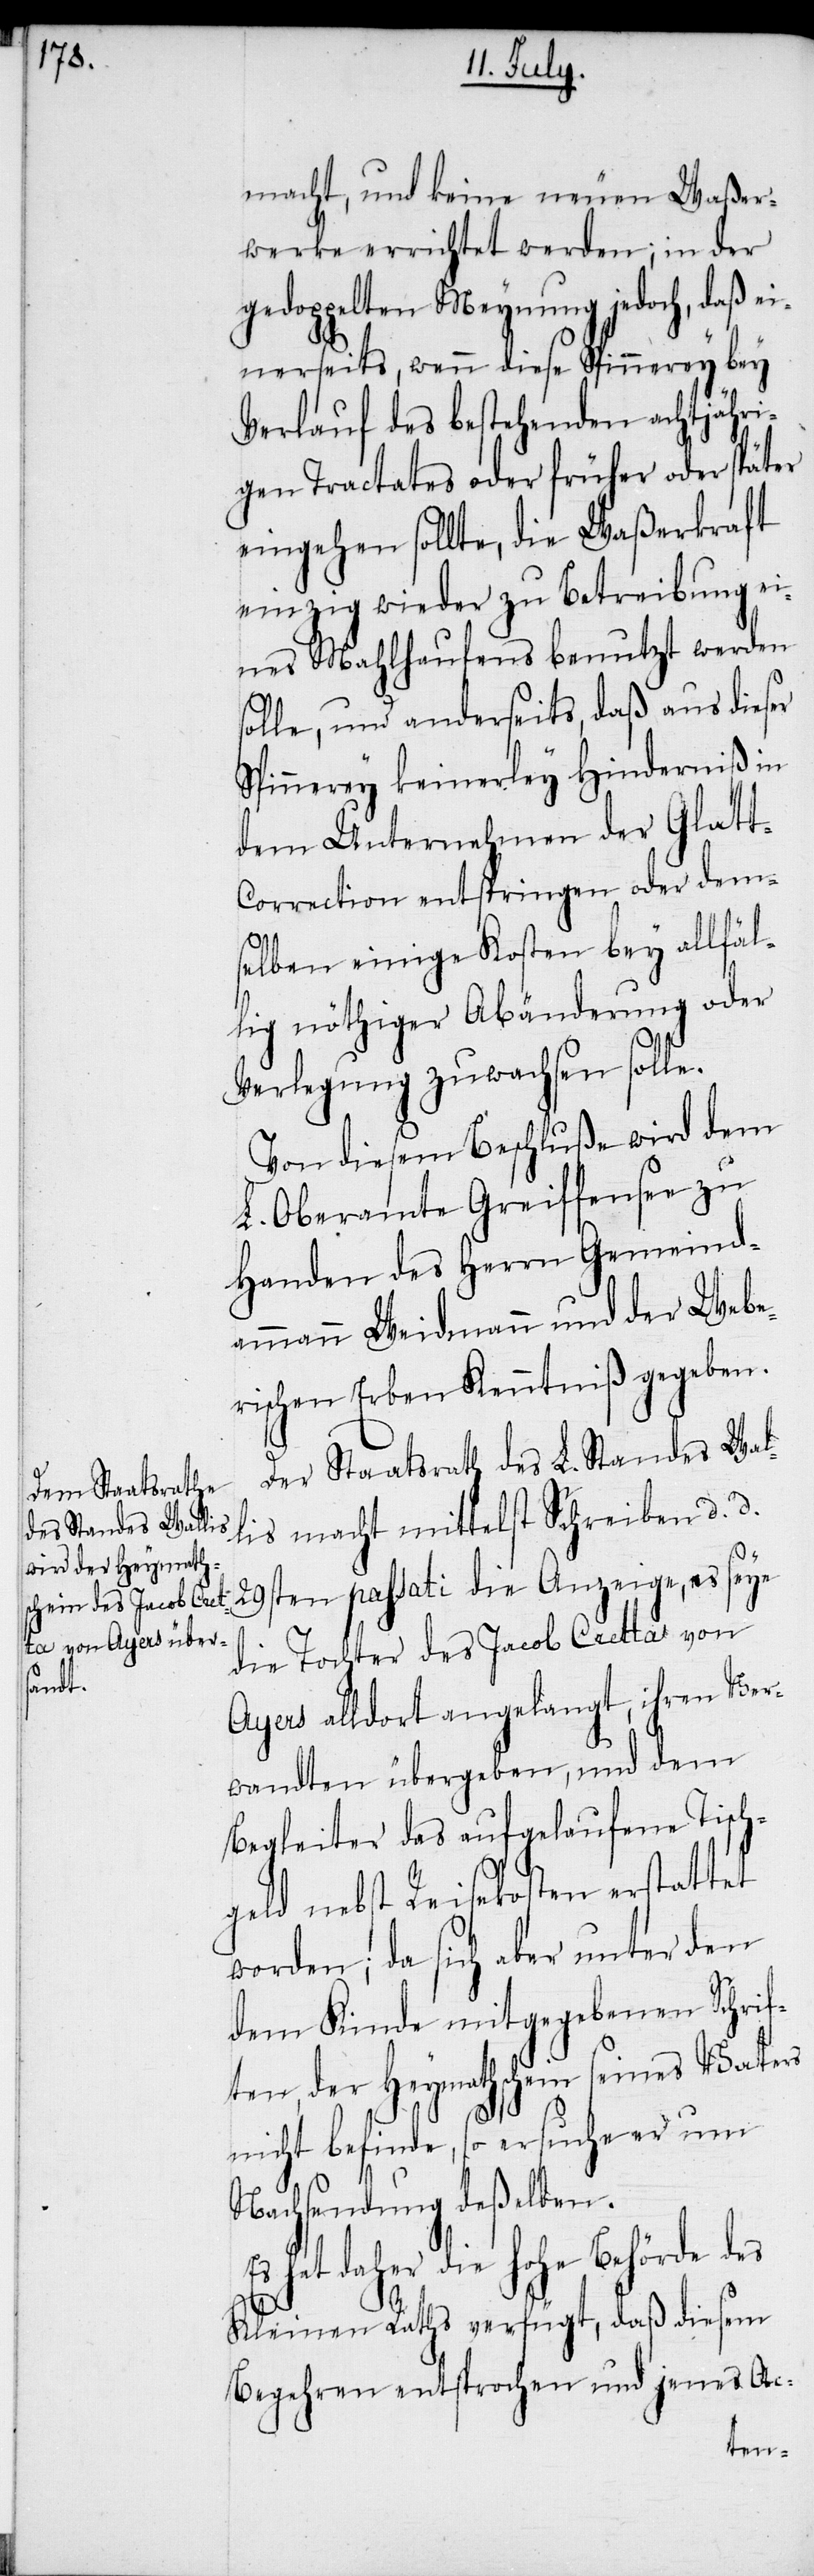
macht, und keine neuen Waßer¬
werke errichtet werden; in der
gedoppelten Meynung jedoch, daß e¬
inerseits, wenn diese Spinnerey bey
Verlauf des bestehenden achtjähri¬
gen Tractates oder früher oder später
eingehen sollte, die Waßerkraft
einzig wieder zu Betreibung ei¬
nes Mahlhaufens benutzt werden
solle, und anderseits, daß aus dieser
Spinnerey keinerley Hinderniß in
dem Unternehmen der Glat¬
t-Correction entspringen oder dem¬
selben einige Kosten bey allfäl¬
lig nöthiger Abänderung oder
Verlegung zuwachsen solle.
Von diesem Beschluße wird dem
L. Oberamte Greiffensee zu
Handen des Herrn Gemeind¬
ammann Weidmann und der Webe¬
rischen Erben Kenntniß gegeben.
Der Staatsrath des L. Standes Wal¬
lis macht mittelst Schreiben d. d.
29sten passati die Anzeige, es seye
die Tochter des Jacob Cretta von
Ayers alldort angelangt, ihren Ver¬
wandten übergeben, und dem
Begleiter das aufgelaufene Tisch¬
geld nebst Reisekosten erstattet
worden; da sich aber unter den
dem Kinde mitgegebenen Schrif¬
ten, der Heymathschein seines Vaters
nicht befinde, so ersuche er um
Nachsendung deßelben.
hat daher die hohe Behörde
Kleinen Raths verfügt, daß diesem
Begehren entsprochen und jenes Ac-